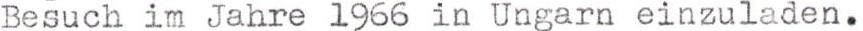
Besuch im Jahre 1966 in Ungarn einzuladen.